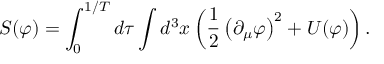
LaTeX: S ( \varphi ) = \int _ { 0 } ^ { 1 / T } d \tau \int d ^ { 3 } x \left( { \frac { 1 } { 2 } } \left( \partial _ { \mu } \varphi \right) ^ { 2 } + U ( \varphi ) \right) .